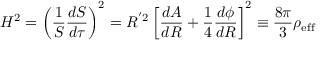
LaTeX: H ^ { 2 } = \left( \frac { 1 } { S } \frac { d S } { d \tau } \right) ^ { 2 } = R ^ { ' 2 } \left[ \frac { d A } { d R } + \frac { 1 } { 4 } \frac { d \phi } { d R } \right] ^ { 2 } \equiv \frac { 8 \pi } { 3 } \rho _ { \mathrm { e f f } }